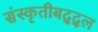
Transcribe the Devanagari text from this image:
संस्कृतीबद्द्ल